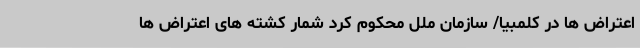
اعتراض ها در کلمبیا/ سازمان ملل محکوم کرد شمار کشته های اعتراض ها